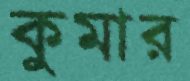
কুমার